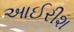
આઈરીશ